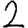
Digit: 2